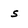
Character: s